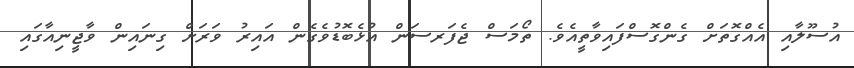
އުސޫލާއި އެއްގޮތަށް ގެންގޮސްފައިވާތީއެވެ. ތޯމަސް ޖެފަރސަން އުޅެބޮޑުވެގެން އައިރު ވަރަށް ގިނައިން ވާޖީނިއާގައި